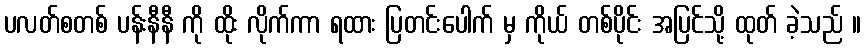
ပလတ်စတစ် ပန်းနီနီ ကို ထိုး လိုက်ကာ ရထား ပြတင်းပေါက် မှ ကိုယ် တစ်ပိုင်း အပြင်သို့ ထုတ် ခဲ့သည် ။